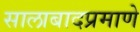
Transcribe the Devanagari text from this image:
सालाबादप्रमाणे